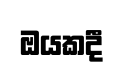
ඔයකදී